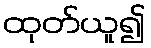
ထုတ်ယူ၍